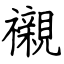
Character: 襯